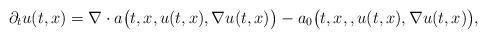
LaTeX: \begin{align*}\partial_t u(t,x) = \nabla \cdot a\big(t,x,u(t,x),\nabla u(t,x)\big) - a_0\big(t,x,,u(t,x),\nabla u(t,x)\big),\end{align*}